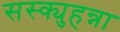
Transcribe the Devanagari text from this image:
सस्क्युहन्ना